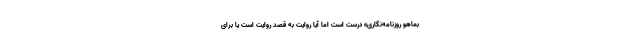
بماهو روزنامه‌نگاری» درست است اما آیا روایت به قصد روایت است یا برای